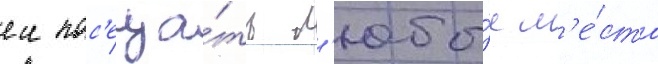
еи пос'еща́ть л'юбы́е м'е́ста